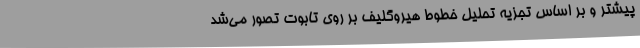
پیشتر و بر اساس تجزیه تحلیل خطوط هیروگلیف بر روی تابوت تصور می‌شد